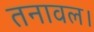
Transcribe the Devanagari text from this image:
तनावल।